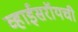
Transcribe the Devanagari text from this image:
व्हाईसरॉयची